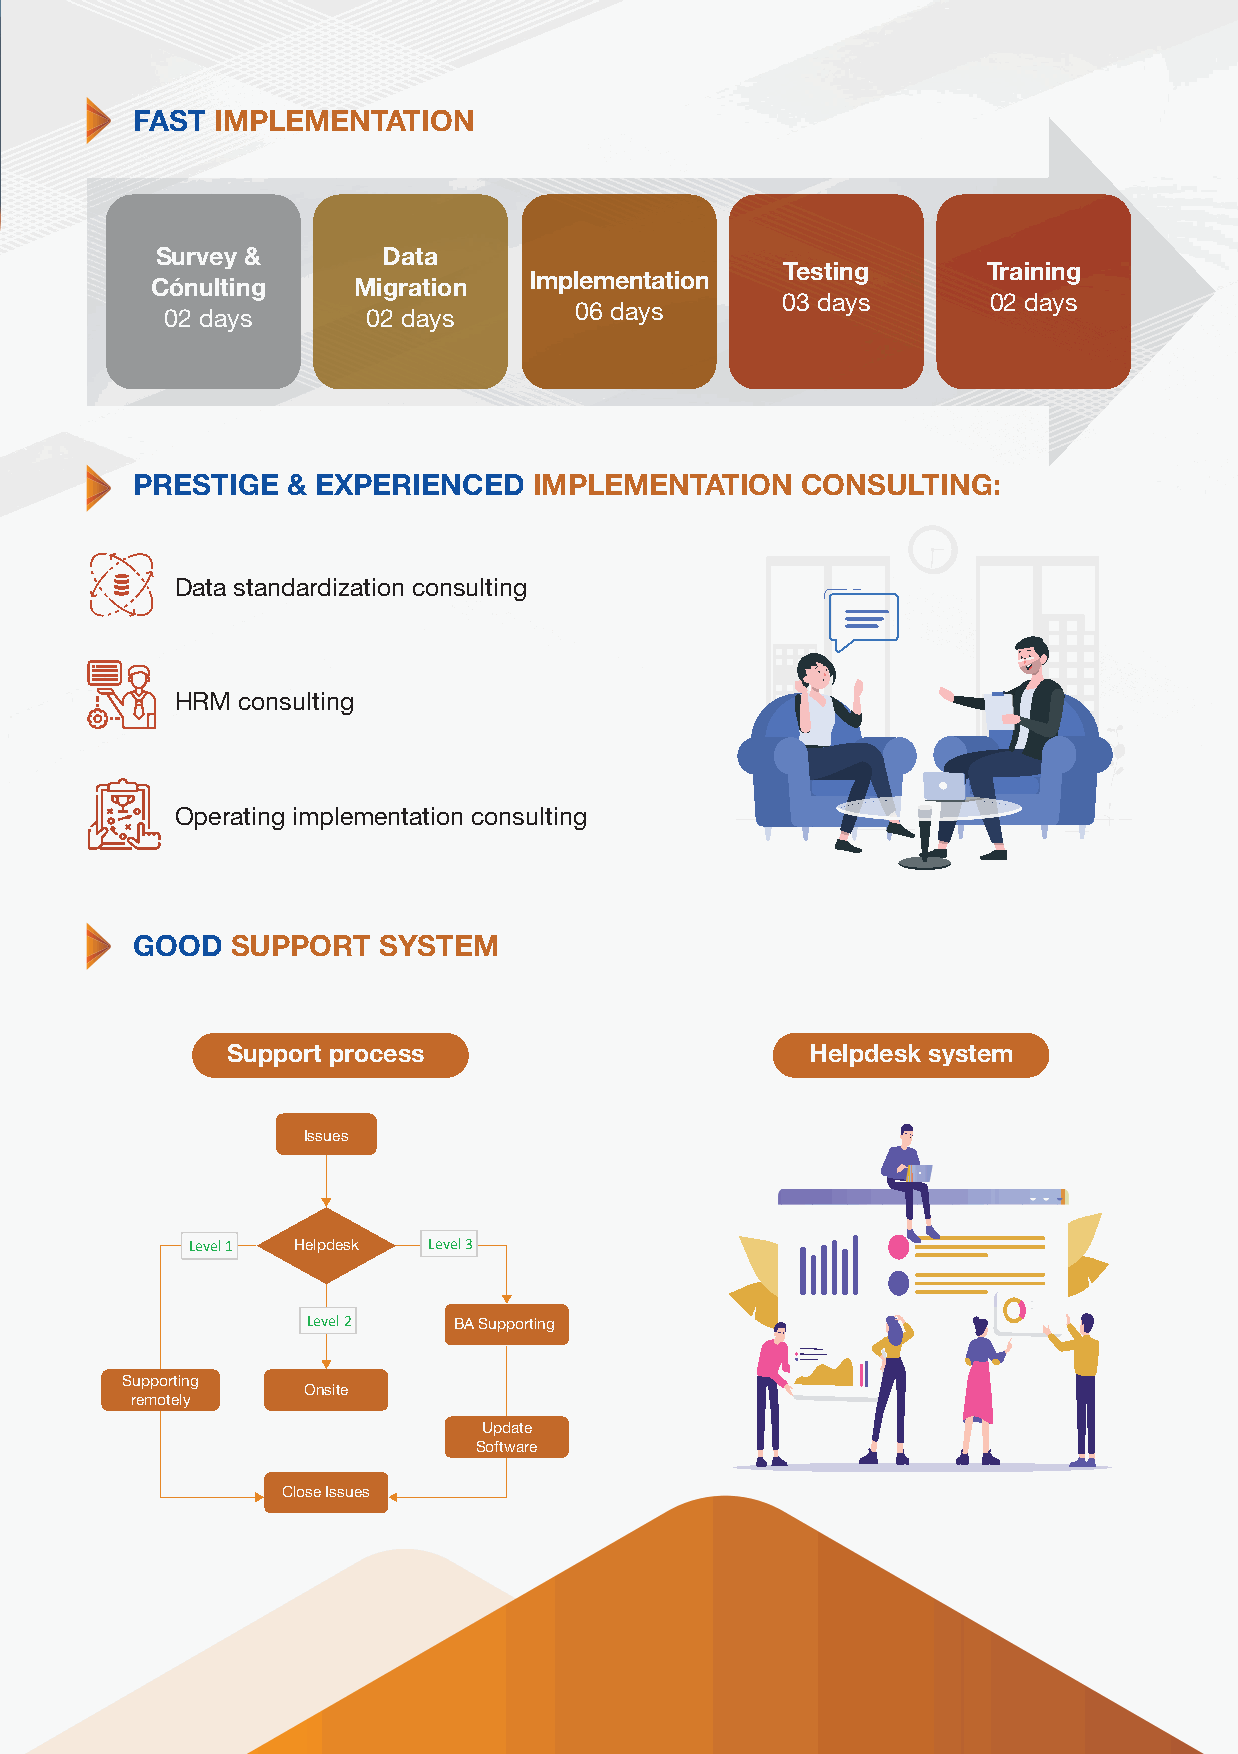
FAST IMPLEMENTATION
 Survey &       Data
 Testing      Training
 Implementation
 Cónulting    Migration
 03 days       02 days
 06 days
 02 days      02 days
 PRESTIGE  & EXPERIENCED   IMPLEMENTATION    CONSULTING:
 Data standardization consulting
 HRM consulting
 Operating implementation consulting
 GOOD  SUPPORT   SYSTEM
 Support process                        Helpdesk system
 Issues
 Level 1 Helpdesk Level 3
 Level 2
 BA Supporting
 Supporting
 Onsite
 remotely
 Update
 Software
 Close Issues